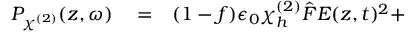
\begin{array} { r l r } { P _ { \chi ^ { ( 2 ) } } ( z , \omega ) } & { { } = } & { ( 1 - f ) \epsilon _ { 0 } \chi _ { h } ^ { ( 2 ) } \hat { F } E ( z , t ) ^ { 2 } + } \end{array}